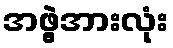
အဖွဲ့အားလုံး